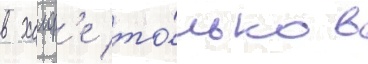
в хаиф'е то́лько в